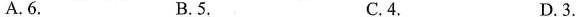
A.6. B.5. C.4, D. 3.